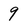
Character: 9